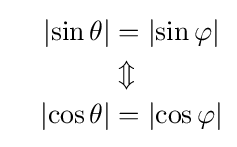
{\begin{aligned}{\phantom {-}}\left|\sin \theta \right|&=\left|\sin \varphi \right|\\&\Updownarrow \\{\phantom {-}}\left|\cos \theta \right|&=\left|\cos \varphi \right|\end{aligned}}